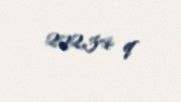
222,34 q